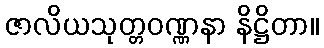
ဇာလိယသုတ္တဝဏ္ဏနာ နိဋ္ဌိတာ။